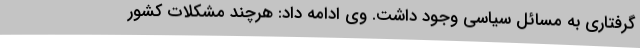
گرفتاری به مسائل سیاسی وجود داشت. وی ادامه داد: هرچند مشکلات کشور